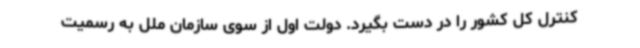
کنترل کل کشور را در دست بگیرد. دولت اول از سوی سازمان ملل به رسمیت